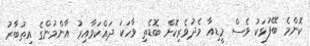
ކޮންމެ ބޭފުޅަކު ވެސް މީޑިއާ މެދުވެރިކޮށް ބޮޑެތި ވާހަކަ ދައްކަވާއިރު އާންމުންގެ އިތުބާރު